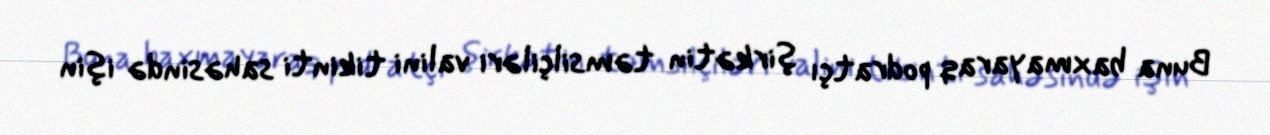
Buna baxmayaraq podratçı şirkətin təmsilçiləri valini tikinti sahəsində işin